Report of the Bombay Veterinary College
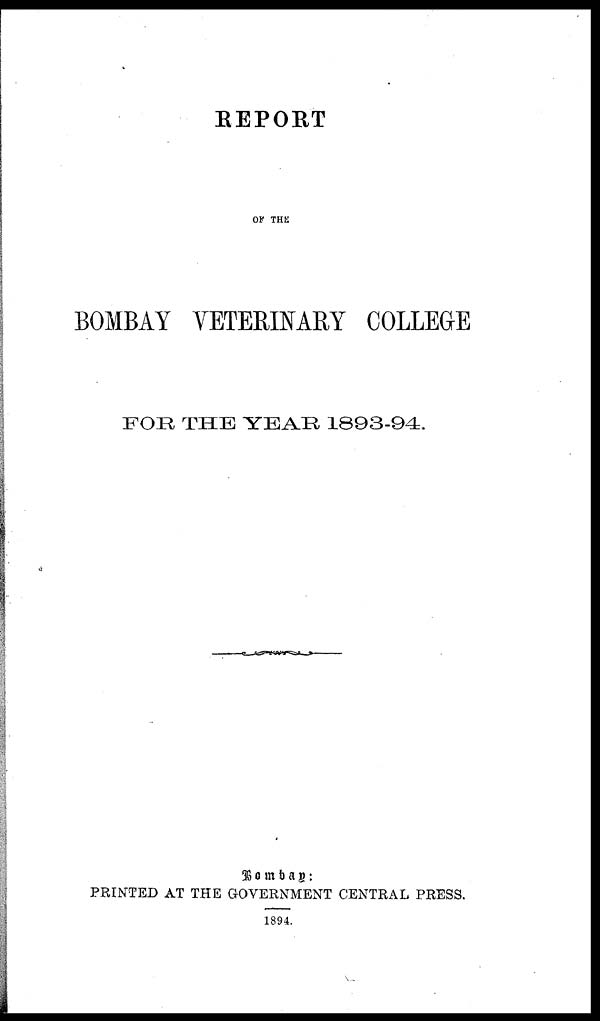
REPORT
OF THE
BOMBAY VETERINARY COLLEGE
FOR THE YEAR 1893-94.
Bombay:
PRINTED AT THE GOVERNMENT CENTRAL PRES
1894.